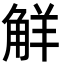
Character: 觧